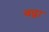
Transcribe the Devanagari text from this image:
वढ्रा